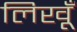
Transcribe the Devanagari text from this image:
लिखूँ